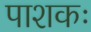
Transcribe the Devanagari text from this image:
पाशकः